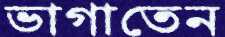
ভাগাতেন